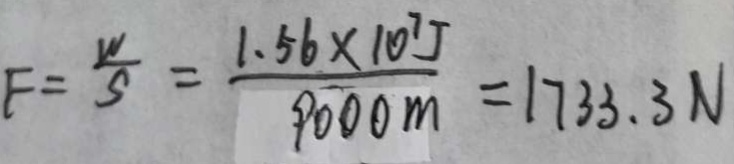
F = \frac { W } { S } = \frac { 1 . 5 6 \times 1 0 ^ { 7 } J } { 9 0 0 0 m } = 1 7 3 3 . 3 N